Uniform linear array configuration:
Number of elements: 24
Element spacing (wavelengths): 0.75
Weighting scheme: hann
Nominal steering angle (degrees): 15
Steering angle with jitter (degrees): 14.424
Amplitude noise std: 0.05
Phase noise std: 0.05

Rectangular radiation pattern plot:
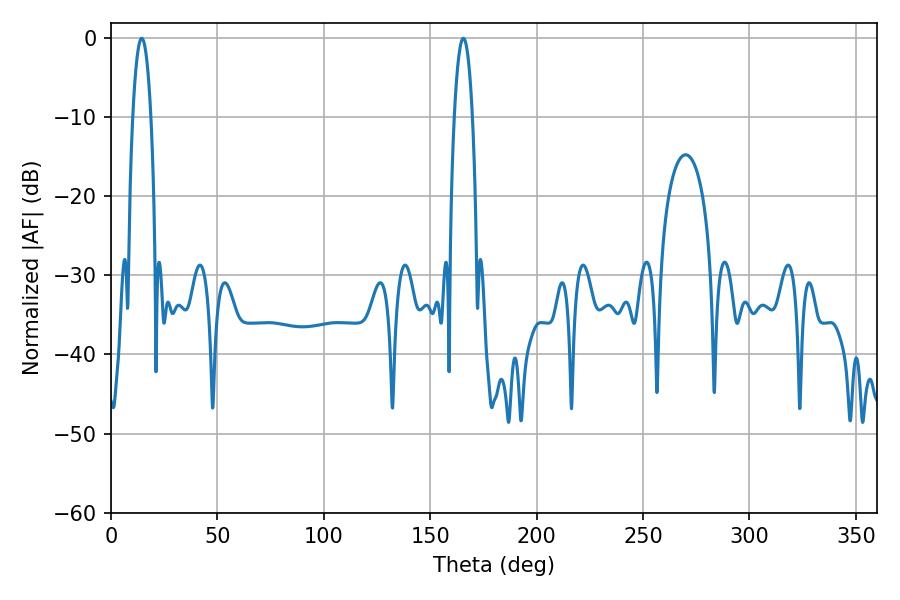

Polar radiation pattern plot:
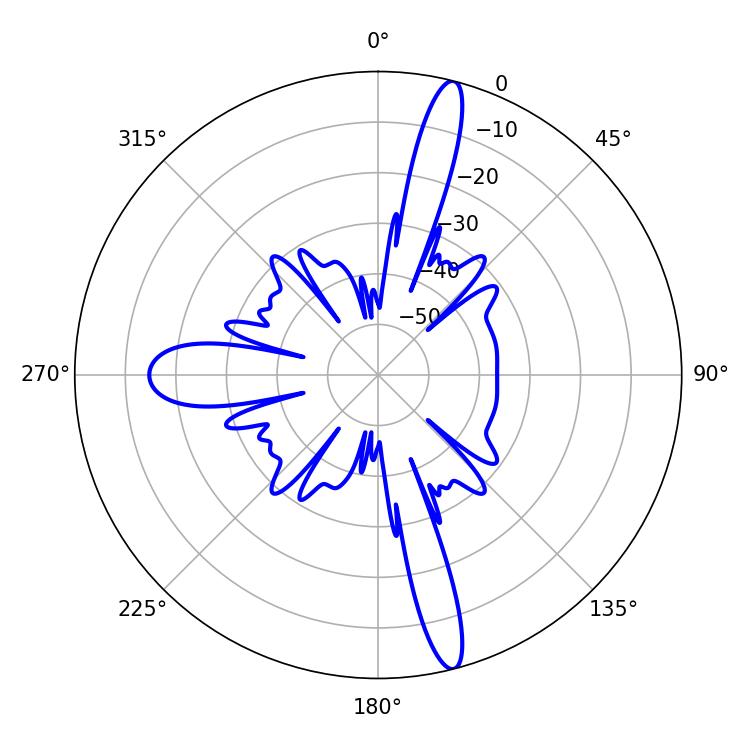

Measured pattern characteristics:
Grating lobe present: TRUE
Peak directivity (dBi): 17.327
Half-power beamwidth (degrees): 4.68
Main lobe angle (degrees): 14.4